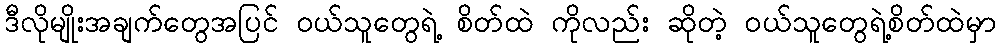
ဒီလိုမျိုးအချက်တွေအပြင် ဝယ်သူတွေရဲ့ စိတ်ထဲ ကိုလည်း ဆိုတဲ့ ဝယ်သူတွေရဲ့စိတ်ထဲမှာ